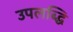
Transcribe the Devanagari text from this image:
उपलब्द्धि